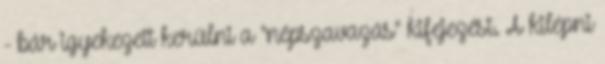
- bár igyekezett kerülni a "népszavazás" kifejezést. A kilépni